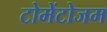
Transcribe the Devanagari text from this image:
टोमेंटोजम